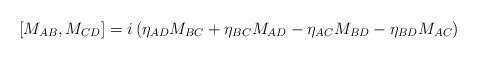
LaTeX: \begin{align*}[M_{AB}, M_{CD}] = i\left(\eta_{AD} M_{BC} + \eta_{BC}M_{AD} -\eta_{AC} M_{BD} - \eta_{BD} M_{AC}\right)\end{align*}